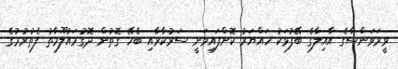
ވީރަވަންސާގެ އާއިލާގެ ބޭފުޅަކު ހައްޔަރު ކޮށްފައިވަނީ ސަރުކާރާއި ބެހޭ ގޮތުން ދޮގުމައުލޫމާތު ފެތުރުމުގެ